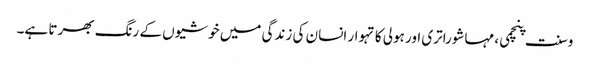
وسنت پنچمی، مہاشوراتری اور ہولی کا تہوار انسان کی زندگی میں خوشیوں کے رنگ بھرتا ہے۔